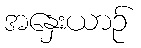
အနှေးယာဉ်